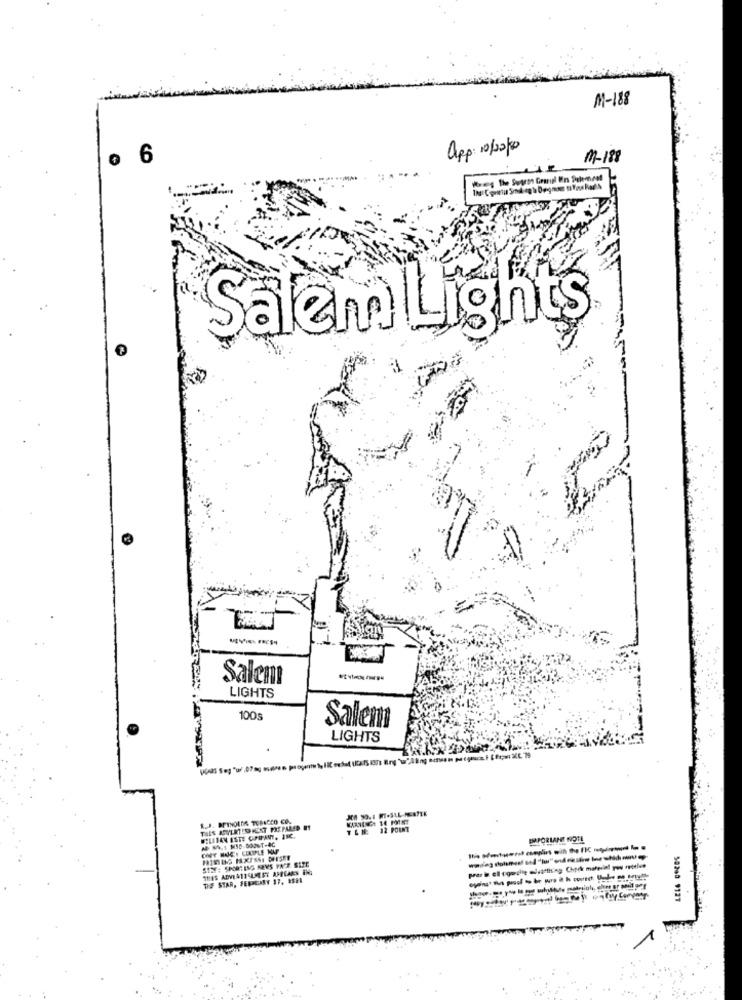
M-188
o 6
app: 10/20/10
11-188
Salem Lights
Salem
LIGHTS
100s
Salem
LIGHTS
TEN
12 POINT
RUBAN ESTE CPIFANY, INC.
BIRPORLAMI NOTE
STEF : SPORTING KEYS YAZE SETE
DIE STAR, FEN CARY 17, 9581
58280 9127